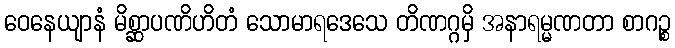
ဝေနေယျာနံ မိစ္ဆာပဏိဟိတံ သောမာရဒေသေ တိဏဂ္ဂမှိ အနာရမ္မဏတာ စာဂဉ္စ